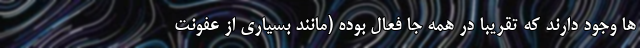
ها وجود دارند که تقریبا در همه جا فعال بوده (مانند بسیاری از عفونت